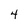
Character: 4